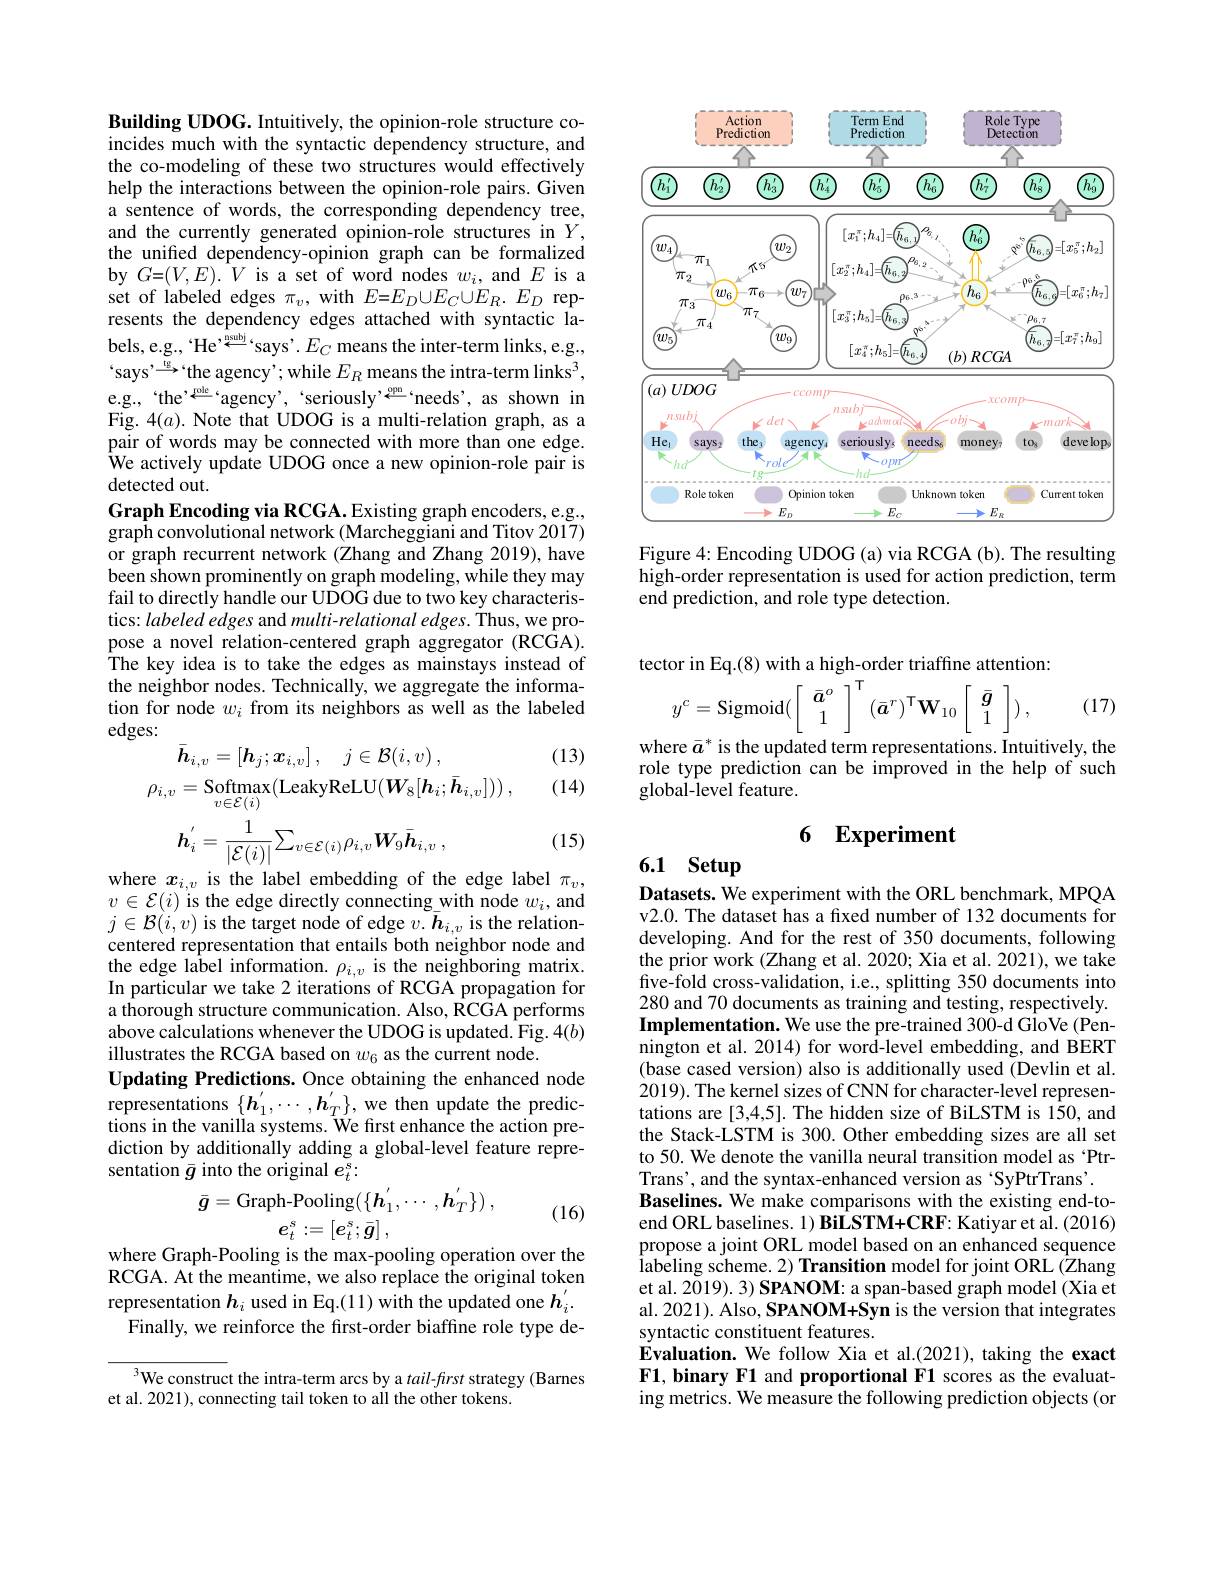
<FigureHere>

Figure 4: Encoding UDOG (a) via RCGA (b). The resulting high-order representation is used for action prediction, term end prediction, and role type detection.

Building UDOG. Intuitively, the opinion-role structure coincides much with the syntactic dependency structure, and the co-modeling of these two structures would effectively help the interactions between the opinion-role pairs. Given a sentence of words, the corresponding dependency tree, and the currently generated opinion-role structures in $Y$, the unified dependency-opinion graph can be formalized by $G{=}(V,E).{\bar{V}}$ is a set of word nodes $w_i$, and $E$ is a set of labeled edges $\pi_v$, with $E=E_D\cup E_C\cup E_R.E_D$ represents the dependency edges attached with syntactic labels, e.g., 'He$^{,\overset{\mathrm{nsubj}}{\operatorname*{\operatorname*{\operatorname*{\longleftarrow}}}}}$says'. $E_C$ means the inter-term links, e.g., says' $\overset{\mathrm{ig}}{\operatorname*{\longrightarrow}}$the agency' while $E_R$ means the intra-term links$^3$, e.g.,“the’sency’,‘seriously’seriously’seeds’,ass shown in Fig. $4(a).$ Note that UDOG is a multi-relation graph, as a pair of words may be connected with more than one edge. We actively update UDOG once a new opinion-role pair is detected out
Graph Encoding via RCGA. Existing graph encoders, e.g., graph convolutional network (Marcheggiani and Titov 2017) or graph recurrent network (Zhang and Zhang 2019), have been shown prominently on graph modeling, while they may fail to directly handle our UDOG due to two key characteristics: labeled edges and multi-relational edges. Thus, we propose a novel relation-centered graph aggregator (RCGA). The key idea is to take the edges as mainstays instead of the neighbor nodes. Technically, we aggregate the information for node $w_i$ from its neighbors as well as the labeled edges:
(13)

(14)
$$\boldsymbol{h}_{i}^{'}=\frac{1}{|\mathcal{E}(i)|}\sum_{v\in\mathcal{E}(i)}\rho_{i,v}\boldsymbol{W}_{9}\bar{\boldsymbol{h}}_{i,v}\:,$$
(15)

where $x_{i,v}$ is the label embedding of the edge label $\pi_v$, $v\in\mathcal{E}(i)$ is the edge directly connecting with node $w_i$,and $j\in\mathcal{B}(i,v)$ is the target node of edge $v.\bar{\boldsymbol{h}}_{i,v}$ is the relationcentered representation that entails both neighbor node and the edge label information. $\rho_{i,v}$ is the neighboring matrix. In particular we take 2 iterations of RCGA propagation for a thorough structure communication. Also, RCGA performs above calculations whenever the UDOG is updated. Fig. $4(b)$ illustrates the RCGA based on $w_{6}$ as the current node.
Updating Predictions. Once obtaining the enhanced node representations $\{\boldsymbol{h}_1^{\prime},\cdots,\boldsymbol{h}_T^{\prime}\}$, we then update the predictions in the vanilla systems. We frst enhance the action prediction by additionally adding a global-level feature representation $\bar{g}$ into the original $e_t^s:$
$$\bar{\boldsymbol{g}}=\mathrm{Graph-Pooling}(\{\boldsymbol{h}_{1}^{'},\cdots,\boldsymbol{h}_{T}^{'}\})\:,$$
(16)

where Graph-Pooling is the max-pooling operation over the RCGA. At the meantime, we also replace the original token representation $h_i$ used in Eq.(11) with the updated one $h_i^{\prime}.$
Finally, we reinforce the first-order biaffine role type de-

$^3$We construct the intra-term arcs by a $tail-ftrst$ strategy (Barnes
et al. 2021), connecting tail token to all the other tokens.

tector in Eq.(8) with a high-order triaffine attention:
$$\left.y^c=\mathrm{Sigmoid}(\left[\begin{array}{c}\bar{\boldsymbol{a}}^o\\1\end{array}\right.\right]^\mathsf{T}(\bar{\boldsymbol{a}}^r)^\mathsf{T}\mathbf{W}_{10}\left[\begin{array}{c}\bar{\boldsymbol{g}}\\1\end{array}\right])\:,$$
where $\bar{a}^*$ is the updated term representations. Intuitively, the

(17)

role type prediction can be improved in the help of such
global-level feature.

# 6 Experiment

## 6.1 Setup

Datasets. We experiment with the ORL benchmark, MPQA v2.0. The dataset has a fixed number of 132 documents for developing. And for the rest of 350 documents, following the prior work (Zhang et al. 2020; Xia et al. 2021), we take five-fold cross-validation, i.e., splitting 350 documents into 280 and 70 documents as training and testing, respectively. Implementation. We use the pre-trained 300-d GloVe (Pennington et al. 2014) for word-level embedding, and BERT (base cased version) also is additionally used (Devlin et al. 2019). The kernel sizes of CNN for character-level representations are [3,4,5]. The hidden size of BiLSTM is 150, and the Stack-LSTM is 300. Other embedding sizes are all set to 50. We denote the vanilla neural transition model as ‘PtrTrans', and the syntax-enhanced version as‘SyPtrTrans’.
Baselines. We make comparisons with the existing end-toend ORL baselines. 1) BiLSTM+CRF: Katiyar et al. (2016) propose a joint ORL model based on an enhanced sequence labeling scheme.2) Transition model for joint ORL (Zhang et al. 2019). 3) SPANOM: a span-based graph model (Xia et al. 2021). Also, SPANOM+Syn is the version that integrates syntactic constituent features.
Evaluation. We follow Xia et al.(2021), taking the exact F1, binary F1 and proportional F1 scores as the evaluating metrics. We measure the following prediction objects (or